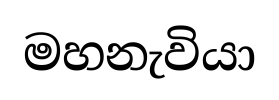
මහනැවියා